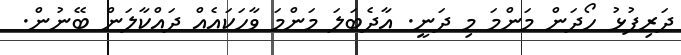
ދަރިފުޅު ހޯދަން މަންމަ މި ދަނީ. އާދެބަލަ މަންމަ ވާހަކައެއް ދައްކާލަން ބޭނުން.